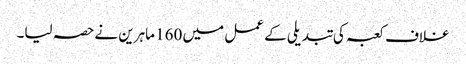
غلاف کعبہ کی تبدیلی کے عمل میں 160 ماہرین نےحصہ لیا۔